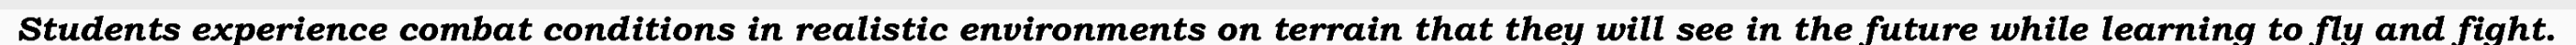
Students experience combat conditions in realistic environments on terrain that they will see in the future while learning to fly and fight.